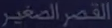
القصيدة